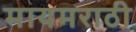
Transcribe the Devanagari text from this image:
मायमराठी